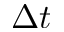
\Delta t